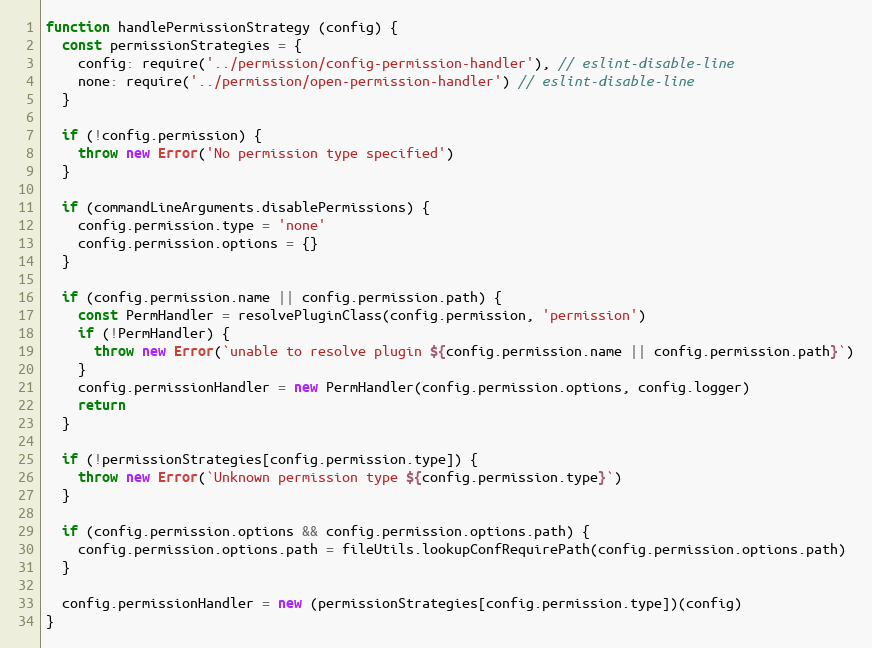
Language: JavaScript
function handlePermissionStrategy (config) {
  const permissionStrategies = {
    config: require('../permission/config-permission-handler'), // eslint-disable-line
    none: require('../permission/open-permission-handler') // eslint-disable-line
  }

  if (!config.permission) {
    throw new Error('No permission type specified')
  }

  if (commandLineArguments.disablePermissions) {
    config.permission.type = 'none'
    config.permission.options = {}
  }

  if (config.permission.name || config.permission.path) {
    const PermHandler = resolvePluginClass(config.permission, 'permission')
    if (!PermHandler) {
      throw new Error(`unable to resolve plugin ${config.permission.name || config.permission.path}`)
    }
    config.permissionHandler = new PermHandler(config.permission.options, config.logger)
    return
  }

  if (!permissionStrategies[config.permission.type]) {
    throw new Error(`Unknown permission type ${config.permission.type}`)
  }

  if (config.permission.options && config.permission.options.path) {
    config.permission.options.path = fileUtils.lookupConfRequirePath(config.permission.options.path)
  }

  config.permissionHandler = new (permissionStrategies[config.permission.type])(config)
}